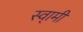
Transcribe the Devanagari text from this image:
स्वा्मी